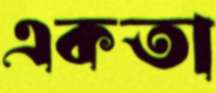
একতা